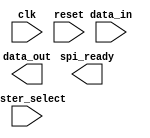
module SPI_Controller (
  input wire clk,             // Clock input
  input wire reset,           // Reset input
  input wire master_select,   // Selects the master device
  input wire [7:0] data_in,   // Input data
  output reg [7:0] data_out,  // Output data
  output reg spi_ready        // SPI ready signal
);

// Declare internal registers and signals

reg [3:0] state;              // State machine state
reg [7:0] transmit_data;      // Data to be transmitted
reg [7:0] receive_data;       // Data received
reg [7:0] error_data;         // Data for error detection/correction
reg [31:0] spi_timer;         // Timer for controlling timing

// Declare state machine states

parameter IDLE = 4'd0;
parameter TRANSMIT = 4'd1;
parameter RECEIVE = 4'd2;
parameter ERROR_CHECK = 4'd3;

// State machine logic

always @ (posedge clk or posedge reset) begin
  if (reset) begin
    state <= IDLE;
  end else begin
    case (state)
      IDLE: begin
        if (master_select) begin
          state <= TRANSMIT;
          transmit_data <= data_in;
        end
      end
      
      TRANSMIT: begin
        if (spi_timer == 0) begin
          state <= RECEIVE;
        end
      end
      
      RECEIVE: begin
        if (spi_timer == 0) begin
          state <= ERROR_CHECK;
        end
      end
      
      ERROR_CHECK: begin
        // Error checking logic
        state <= IDLE;
      end
    endcase
  end
end

// Transmit and receive data based on state

always @ (posedge clk) begin
  case (state)
    TRANSMIT: begin
      // Transmit data over SPI bus
    end
    
    RECEIVE: begin
      // Receive data over SPI bus
    end
    
    default: begin
      // Do nothing
    end
  endcase
end

endmodule